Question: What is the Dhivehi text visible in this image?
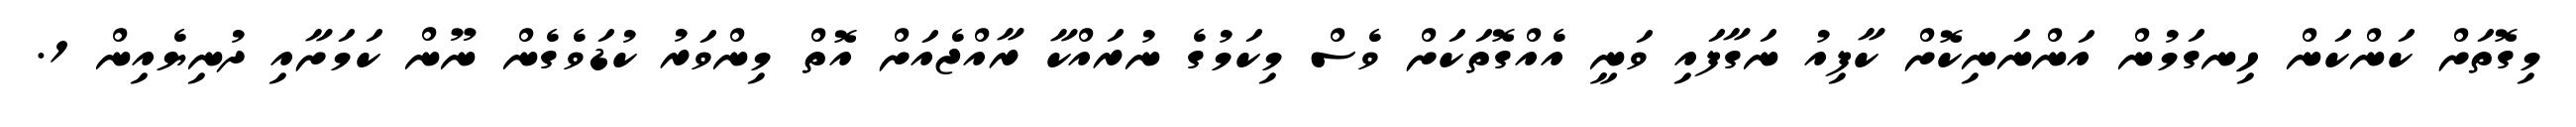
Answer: މިގޮތަށް ކަންކަން ހިނގަމުން އަންނަނިކޮށް ކާފިއު ނަގާފައި ވަނީ އެއްގޮތަކަށް ވެސް މިކަމުގެ ނުރައްކާ ރާއްޖެއަށް އޮތް މިންވަރު ކުޑަވެގެން ނޫން ކަމަށާއި ދުނިޔެއިން 1.